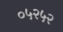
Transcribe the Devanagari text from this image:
०५२५२